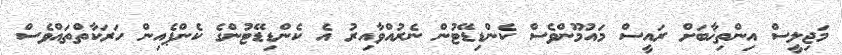
މަޖިލީސް އިންތިޚާބަށް ރައީސް މައުމޫންވެސް ކެންޑިޑޭޓުން ނެރުއްވާއިރު އެ ކެންޑިޑޭޓުންގެ ކެންޕެއިން ހަރަކާތްތައްވެސް